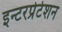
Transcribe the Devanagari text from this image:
इन्टरप्रेटेशन